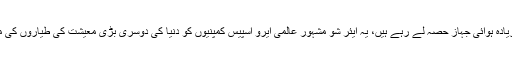
ایئر شو میں 42ملکوں سے 700ٹیمیں شرکت کررہی ہیں جبکہ 130سے زیادہ ہوائی جہاز حصہ لے رہے ہیں، یہ ایئر شو مشہور عالمی ایرو اسپیس کمپنیوں کو دنیا کی دوسری بڑی معیشت کی طیاروں کی مارکیٹ میں خریدو فروخت کے مواقع فراہم کرنے کا ایک اہم پلیٹ فارم ہے۔